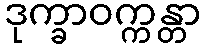
ဒုက္ခာဝက္ကန္တာ